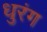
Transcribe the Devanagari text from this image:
धुरंग